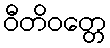
ဝီတိဝတ္တေ